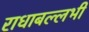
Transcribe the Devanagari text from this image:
राधाबल्लभी